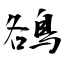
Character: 鵅